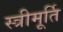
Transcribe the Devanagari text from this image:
स्त्रीमूर्ति